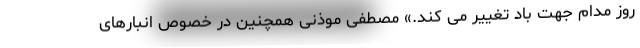
روز مدام جهت باد تغییر می کند.» مصطفی موذنی همچنین در خصوص انبارهای